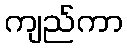
ကျည်ကာ